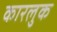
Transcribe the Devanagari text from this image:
कारलुक